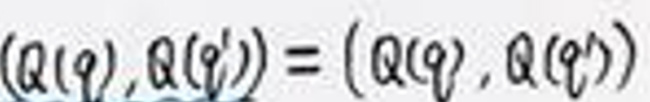
$(Q(q),Q(q'))=(Q(q),Q(q'))$